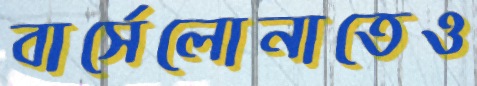
বার্সেলোনাতেও